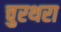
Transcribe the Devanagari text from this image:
चुरथरा